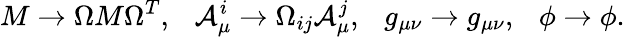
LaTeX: M\to\Omega M\Omega^{T},\ \ \ {\cal A}_{\mu}^{i}\to\Omega_{ij}{\cal A}_{\mu}^{j},\ \ \ g_{\mu\nu}\to g_{\mu\nu},\ \ \ \phi\to\phi.